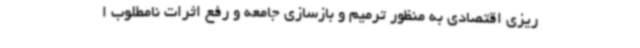
ریزی اقتصادی به منظور ترمیم و بازسازی جامعه و رفع اثرات نامطلوب ا